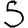
Digit: 5